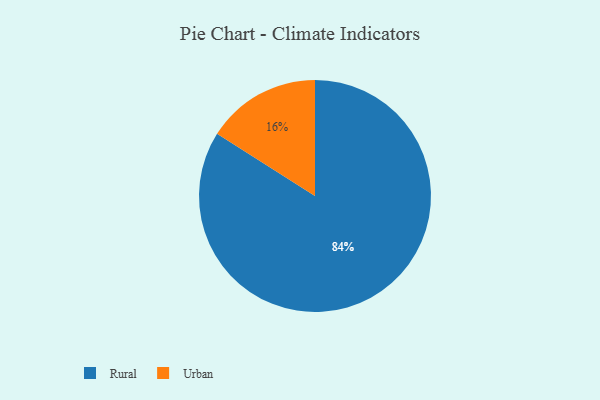
{"axis": {"x": "Category", "y": "Percentage"}, "legend": ["Rural", "Urban"], "data": [{"x": "Urban", "y": 16, "type": "Urban"}, {"x": "Rural", "y": 84, "type": "Rural"}]}